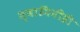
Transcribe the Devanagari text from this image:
स्वामिनीही